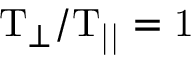
\mathrm { T _ { \perp } / T _ { | | } = 1 }